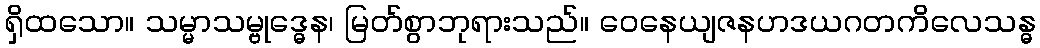
ရှိထသော။ သမ္မာသမ္ဗုဒ္ဓေန၊ မြတ်စွာဘုရားသည်။ ဝေနေယျဇနဟဒယဂတကိလေသန္ဓ